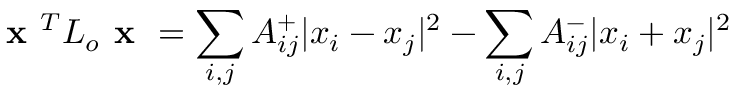
\textbf { x } ^ { T } L _ { o } \textbf { x } = \sum _ { i , j } A _ { i j } ^ { + } | x _ { i } - x _ { j } | ^ { 2 } - \sum _ { i , j } A _ { i j } ^ { - } | x _ { i } + x _ { j } | ^ { 2 }